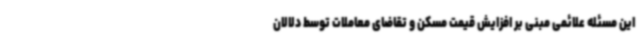
این مسئله علائمی مبنی بر افزایش قیمت مسکن و تقاضای معاملات توسط دلالان